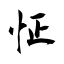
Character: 怔